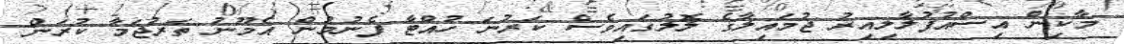
މާކިން އިސްއުފުލާލިއިރު ޖުމައިލާގެ ލޮލުގައިވެސް ކަރުނަ ހުއްޓާ ފެނުމުން އެމޫނު ތަރުޖަމާ ކުރަން